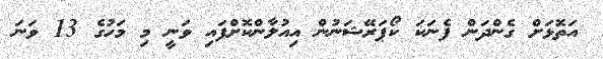
އަތޮޅަށް ގެންދަން ފެނަކަ ކޯޕަރޭޝަނުން އިއުލާންކޮށްފައި ވަނީ މި މަހުގެ 13 ވަނަ